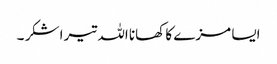
ایسا مزے کا کھانا اللہ تیرا شکر ۔